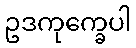
ဥဒကုက္ခေပါ